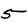
Character: 5